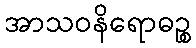
အာသဝနိရောဓဉ္စ